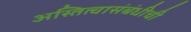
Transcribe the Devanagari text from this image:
अस्तित्वासंबंधीची